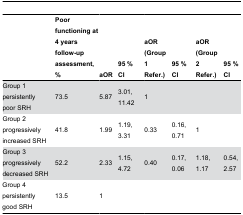
|  | Poor functioning at 4 years follow-up assessment, % | aOR | 95 % CI | aOR (Group 1Refer.) | 95 % CI | aOR (Group 2Refer.) | 95 % CI |
 | --- | --- | --- | --- | --- | --- | --- | --- |
 | Group 1 persistently poor SRH | 73.5 | 5.87 | 3.01, 11.42 | 1 |  |  |  |
 | Group 2 progressively increased SRH | 41.8 | 1.99 | 1.19, 3.31 | 0.33 | 0.16, 0.71 | 1 |  |
 | Group 3 progressively decreased SRH | 52.2 | 2.33 | 1.15, 4.72 | 0.40 | 0.17, 0.06 | 1.18, 1.17 | 0.54, 2.57 |
 | Group 4 persistently good SRH | 13.5 | 1 |  |  |  |  |  |